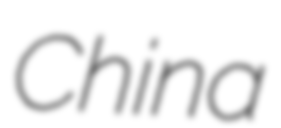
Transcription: China